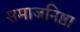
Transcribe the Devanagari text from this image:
समाजनिष्ठा